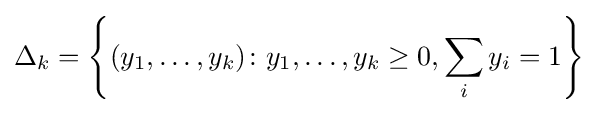
\Delta _{k}=\left\{(y_{1},\ldots ,y_{k})\colon y_{1},\ldots ,y_{k}\geq 0,\sum _{i}y_{i}=1\right\}